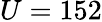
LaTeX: U=152